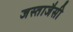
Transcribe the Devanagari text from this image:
जस्ताजैसी